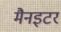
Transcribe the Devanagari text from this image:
मैनइटर